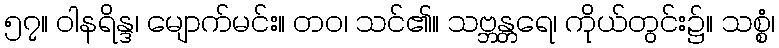
၅၇။ ဝါနရိန္ဒ၊ မျောက်မင်း။ တဝ၊ သင်၏။ သဗ္ဘန္တရေ၊ ကိုယ်တွင်း၌။ သစ္စံ၊